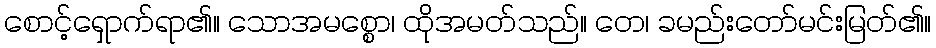
စောင့်ရှောက်ရာ၏။ သောအမစ္စော၊ ထိုအမတ်သည်။ တေ၊ ခမည်းတော်မင်းမြတ်၏။